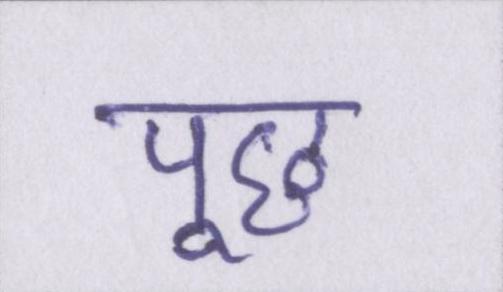
पूछ